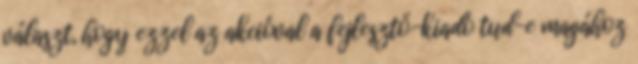
választ, hogy ezzel az akcióval a fejlesztő-kiadó tud-e magához